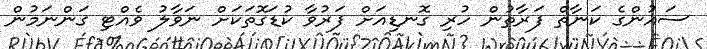
ސައުންގެ ކަނާތް ފަރާތުން ހުރި ގޮނޑިއަށް ފަރުވާ ކުޑަގޮތަކަށް ނަވާލު ވެއްޓި ގަންނަމުން